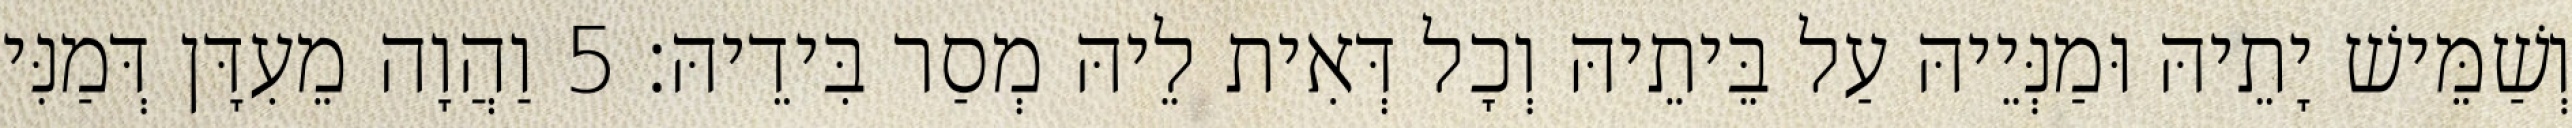
וְשַׁמֵּישׁ יָתֵיהּ וּמַנְּיֵיהּ עַל בֵּיתֵיהּ וְכָל דְּאִית לֵיהּ מְסַר בִּידֵיהּ׃ 5 וַהֲוָה מֵעִדָּן דְּמַנִּי